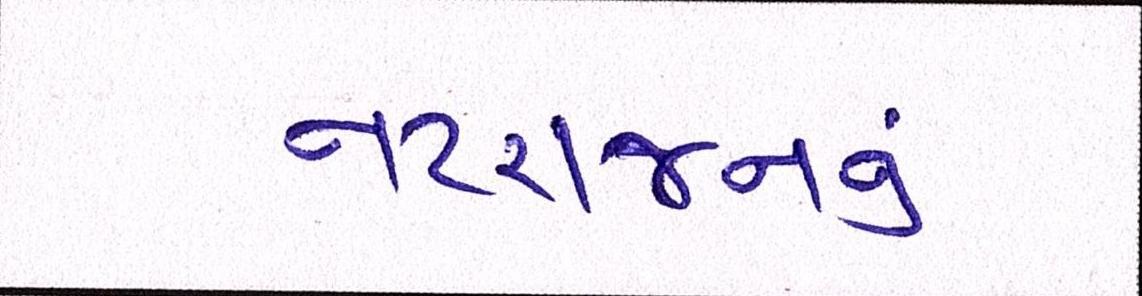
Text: નટરાજનનું